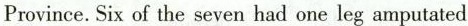
Province.Six of the seven had one leg amputated